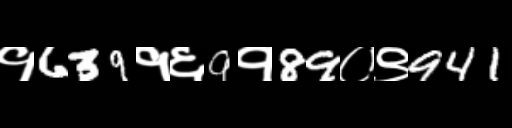
Text: १639१६9१89०९941